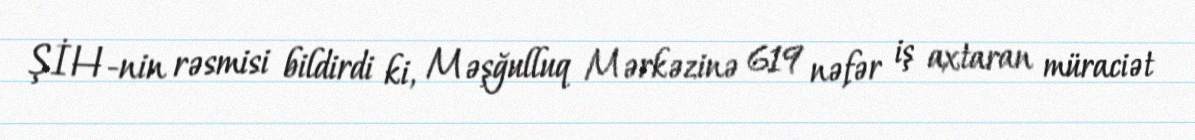
ŞİH-nin rəsmisi bildirdi ki, Məşğulluq Mərkəzinə 619 nəfər iş axtaran müraciət